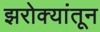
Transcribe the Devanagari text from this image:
झरोक्यांतून